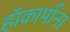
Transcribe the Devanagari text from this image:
हॉकार्पाना